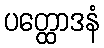
ပတ္ထောဒနံ